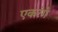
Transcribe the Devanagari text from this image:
एकरंगे